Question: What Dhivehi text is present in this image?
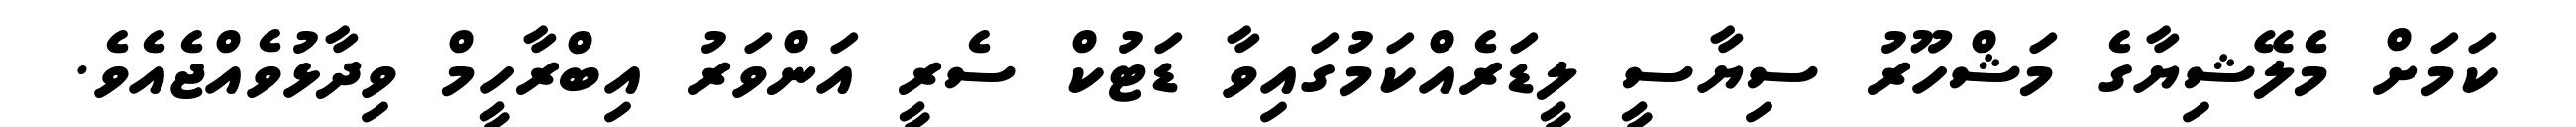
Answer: ކަމަށް މެލޭޝިޔާގެ މަޝްހޫރު ސިޔާސީ ލީޑަރެއްކަމުގައިވާ ޑަޓުކް ސެރީ އަންވަރު އިބްރާހީމް ވިދާޅުވެއްޖެއެވެ.